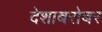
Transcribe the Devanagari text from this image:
देशाबरोबर